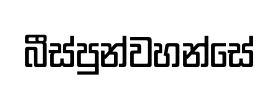
බීස්පුන්වහන්සේ